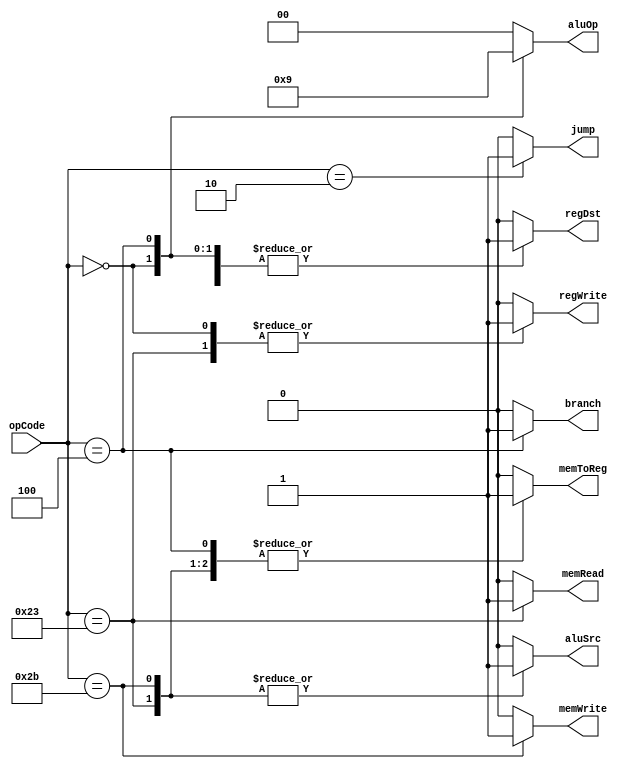
module Ctr(
    input [5:0] opCode,
    output regDst,
    output aluSrc,
    output memToReg,
    output regWrite,
    output memRead,
    output memWrite,
    output branch,
    output [1:0] aluOp,
    output jump
    );

	reg regDst;
	reg aluSrc;
	reg memToReg;
	reg regWrite;
	reg memRead;
	reg memWrite;
	reg branch;
	reg [1:0] aluOp;
	reg jump;
	
	always @ (opCode)
	begin
	case (opCode)
		6'b000010:
		begin
			regDst = 0;
			aluSrc = 0;
			memToReg = 0;
			regWrite = 0;
			memRead = 0;
			memWrite = 0;
			branch = 0;
			aluOp = 2'b00;
			jump = 1;
		end
		
		6'b000000:
		begin
			regDst = 1;
			aluSrc = 0;
			memToReg = 0;
			regWrite = 1;
			memRead = 0;
			memWrite = 0;
			branch = 0;
			aluOp = 2'b10;
			jump = 0;
		end
		
		6'b100011:
		begin
			regDst = 0;
			aluSrc = 1;
			memToReg = 1;
			regWrite = 1;
			memRead = 1;
			memWrite = 0;
			branch = 0;
			aluOp = 2'b00;
			jump = 0;
		end
		
		6'b101011:
		begin
			regDst = 1;
			aluSrc = 1;
			memToReg = 1;
			regWrite = 0;
			memRead = 0;
			memWrite = 1;
			branch = 0;
			aluOp = 2'b00;
			jump = 0;
		end
		
		6'b000100:
		begin
			regDst = 1;
			aluSrc = 0;
			memToReg = 1;
			regWrite = 0;
			memRead = 0;
			memWrite = 0;
			branch = 1;
			aluOp = 2'b01;
			jump = 0;
		end
		
		default:
		begin
			regDst = 0;
			aluSrc = 0;
			memToReg = 0;
			regWrite = 0;
			memRead = 0;
			memWrite = 0;
			branch = 0;
			aluOp = 2'b00;
			jump = 0;
		end
	endcase
	end
endmodule